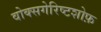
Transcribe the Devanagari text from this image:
वोक्सगेरिष्टशोफ़